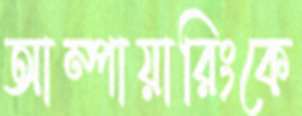
আম্পায়ারিংকে